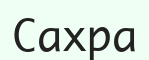
Сахра